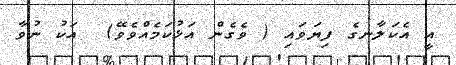
އީ އެކަލާނގެ ފިޔަވައި ( ވެގެން އަޅުކަމެއްވެވޭ)  އަކު ނުވާ